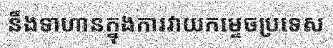
នឹងទាហានក្នុងការវាយកម្ទេចប្រទេស